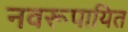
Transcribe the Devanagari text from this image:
नवरूपायित